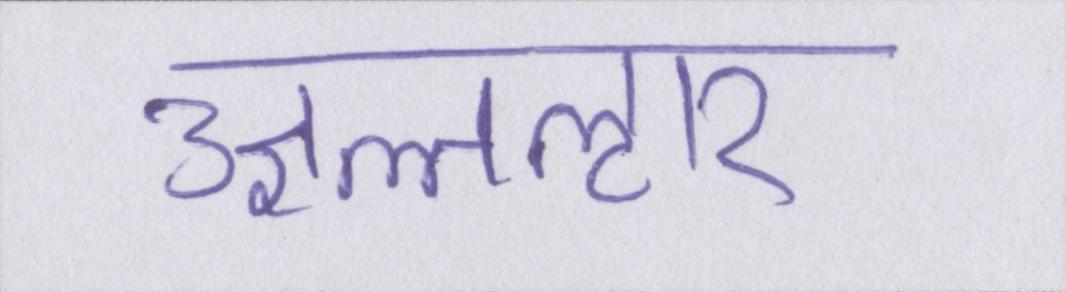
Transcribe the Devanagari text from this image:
उज्ञल्तऌार